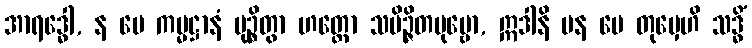
အာရဒ္ဓေါ, န မေ ကမ္မဋ္ဌာနံ မုဉ္စိတွာ ဟတ္ထော သမိဉ္ဇိတပုဗ္ဗော, ဣဒါနိ ပန မေ တုမှေဟိ သဒ္ဓိံ